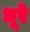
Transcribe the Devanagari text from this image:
धूरे